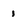
Character: 1